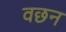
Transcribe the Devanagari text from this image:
वछन